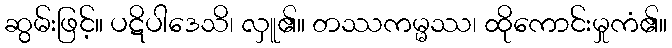
ဆွမ်းဖြင့်။ ပဋိပါဒေသိ၊ လှူ၏။ တဿကမ္မဿ၊ ထိုကောင်းမှုကံ၏။